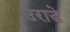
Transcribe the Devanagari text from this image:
उराडे